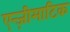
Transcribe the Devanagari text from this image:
एन्ज़ीमाटिक